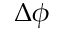
\Delta \phi